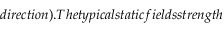
d i r e c t i o n ) . T h e t y p i c a l s t a t i c f i e l d s s t r e n g t h